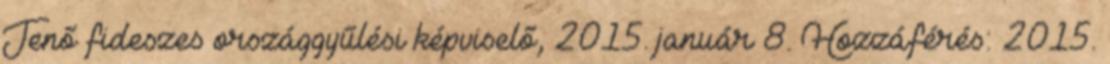
Jenő fideszes országgyűlési képviselő, 2015. január 8. Hozzáférés: 2015.